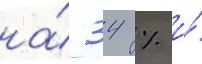
на́ 34 % и́